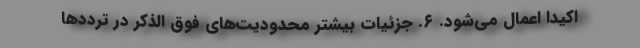
اکیداً اعمال می‌شود. ۶. جزئیات بیشتر محدودیت‌های فوق الذکر در تردد‌ها